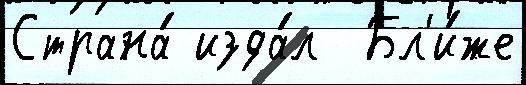
Страна́ изда́л  Бл'и́же